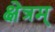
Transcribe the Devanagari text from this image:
क्षेत्रम्